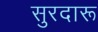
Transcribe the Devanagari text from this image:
सुरदारू